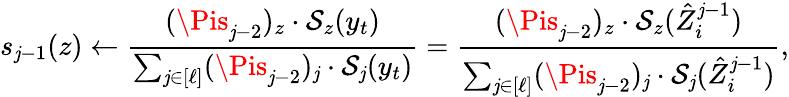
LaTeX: s_{\mathit{j}-1}(z)\gets\frac{{(\Pis_{\mathit{j}-2})_{z}\cdot\mathcal{{S}}_{z}(y_{t})}}{{\sum_{\mathit{j}\in[\ell]}(\Pis_{\mathit{j}-2})_{\mathit{j}}\cdot\mathcal{{S}}_{\mathit{j}}(y_{t})}}=\frac{{(\Pis_{\mathit{j}-2})_{z}\cdot\mathcal{{S}}_{z}(\hat{{Z}}_{i}^{\mathit{j}-1})}}{{\sum_{\mathit{j}\in[\ell]}(\Pis_{\mathit{j}-2})_{\mathit{j}}\cdot\mathcal{{S}}_{\mathit{j}}(\hat{{Z}}_{i}^{\mathit{j}-1})}},